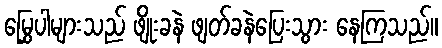
မြွှေပါများသည် ဖျိုးခနဲ ဖျတ်ခနဲပြေးသွား နေကြသည်။